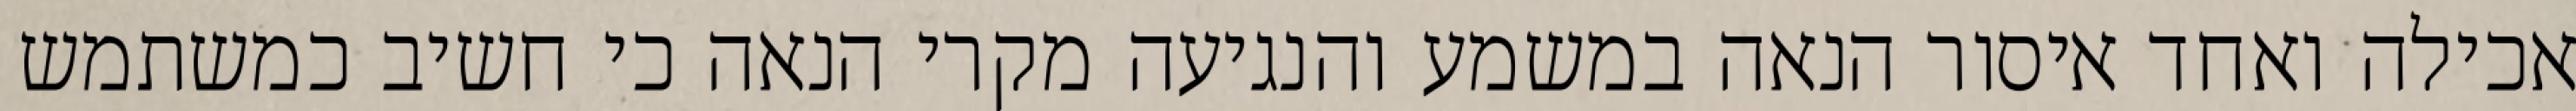
אכילה ואחד איסור הנאה במשמע והנגיעה מקרי הנאה כי חשיב כמשתמש